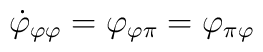
\dot\varphi_{\varphi\varphi}=\varphi_{\varphi\pi}=\varphi_{\pi\varphi}